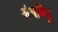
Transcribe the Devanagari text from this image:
अंधबिंदु